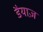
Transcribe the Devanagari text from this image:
डैयाज़